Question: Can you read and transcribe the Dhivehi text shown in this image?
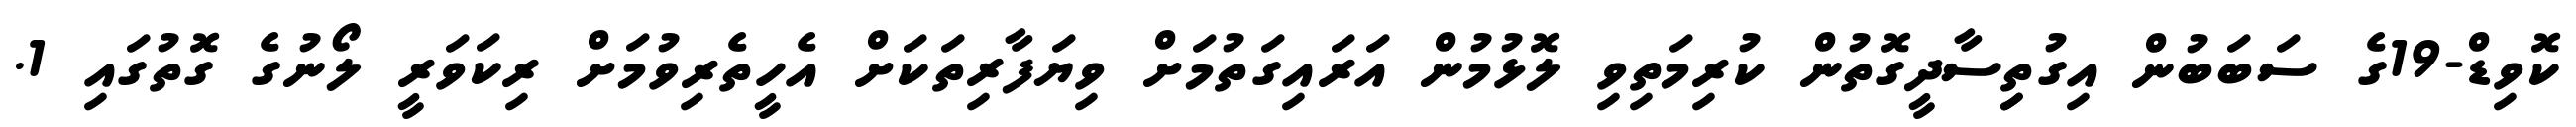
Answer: ކޮވިޑް-19ގެ ސަބަބުން އިގުތިިސާދީގޮތުން ކުރިމަތިވި ލޮޅުމުން އަރައިގަތުމަށް ވިޔަފާރިތަކަށް އެހީތެރިވުމަށް ރިކަވަރީ ލޯނުގެ ގޮތުގައި 1.